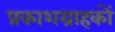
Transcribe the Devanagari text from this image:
प्रकाशग्राहकों